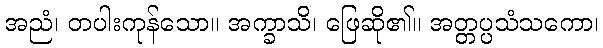
အညံ၊ တပါးကုန်သော။ အက္ခာသိ၊ ဖြေဆို၏။ အတ္တပ္ပသံသကော၊